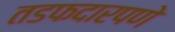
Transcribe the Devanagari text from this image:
तडफदारपणे